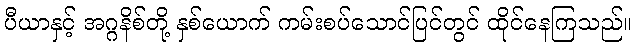
ပီယာနှင့် အဂ္ဂနိစ်တို့ နှစ်ယောက် ကမ်းစပ်သောင်ပြင်တွင် ထိုင်နေကြသည်။